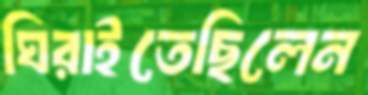
ঘিরাইতেছিলেন